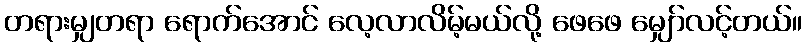
တရားမျှတရာ ရောက်အောင် လေ့လာလိမ့်မယ်လို့ ဖေဖေ မျှော်လင့်တယ်။